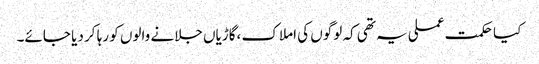
کیا حکمت عملی یہ تھی کہ لوگوں کی املاک ،گاڑیاں جلانے والوں کو رہا کر دیا جائے۔